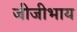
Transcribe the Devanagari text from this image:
जीजीभाय